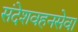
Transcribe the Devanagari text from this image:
संदेशवहनसेवा